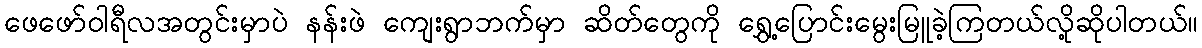
ဖေဖော်ဝါရီလအတွင်းမှာပဲ နန်းဖဲ ကျေးရွာဘက်မှာ ဆိတ်တွေကို ရွှေ့ပြောင်းမွေးမြူခဲ့ကြတယ်လို့ဆိုပါတယ်။